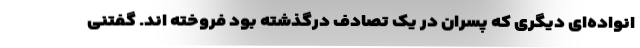
انواده‌ای دیگری که پسران در یک تصادف درگذشته بود فروخته اند. گفتنی